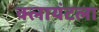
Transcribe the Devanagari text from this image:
क्लायंटला